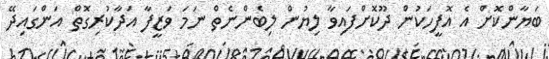
ބަޔާންކޮށް އެ އޮފީހަކުން ދޫކޮށްފައިވާ ލިޔުން ލިބެންނެތް ނަމަ ވަޒީފާ އަދާކުރިގޮތް އަންގައިދޭ